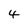
Character: 4